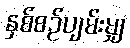
နှစ်စဉ်ပျမ်းမျှ